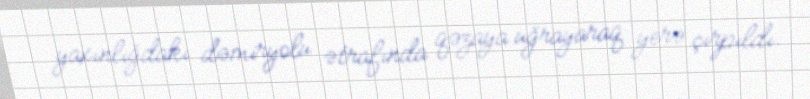
yaxınlığdakı dəmiryolu ətrafında qəzaya uğrayaraq yerə çırpıldı.